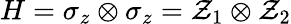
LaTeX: H=\sigma_{z}\otimes\sigma_{z}=\mathcal{Z}_{1}\otimes\mathcal{Z}_{2}